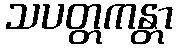
သပတ္တကန္တာ